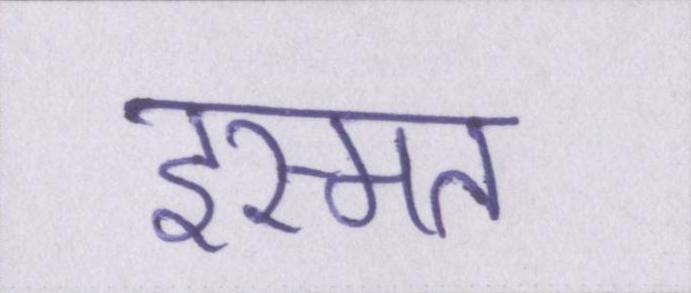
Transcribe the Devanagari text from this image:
इस्मत